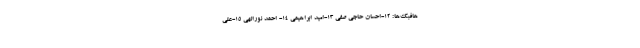
هافبک‌ها: ١٢-احسان حاجى صفى ١٣-امید ابراهیمى ١٤- احمد نورالهى ١٥-على